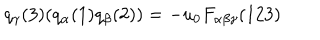
LaTeX: q _ { \gamma } ( 3 ) ( q _ { \alpha } ( 1 ) q _ { \beta } ( 2 ) ) = - u _ { 0 } F _ { \alpha \beta \gamma } ( 1 2 3 )